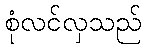
စုံလင်လှသည်